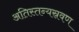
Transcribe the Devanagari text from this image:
अतिस्तन्यस्रवण